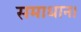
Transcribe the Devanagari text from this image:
समाधान।